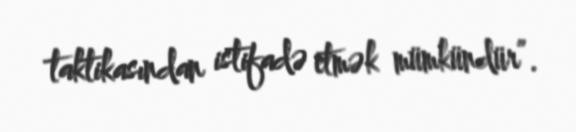
taktikasından istifadə etmək mümkündür”.